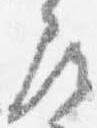
尋